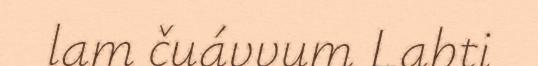
lam čuávvum Lahti